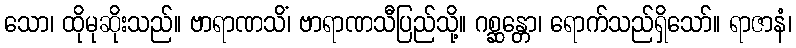
သော၊ ထိုမုဆိုးသည်။ ဗာရာဏသိံ၊ ဗာရာဏသီပြည်သို့။ ဂစ္ဆန္တော၊ ရောက်သည်ရှိသော်။ ရာဇာနံ၊